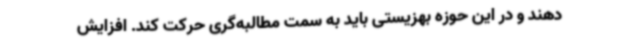
دهند و در این حوزه بهزیستی باید به سمت مطالبه‌گری حرکت کند. افزایش